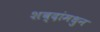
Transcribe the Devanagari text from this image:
शब्दांमधुन